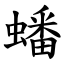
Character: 蟠